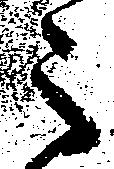
之